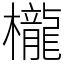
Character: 櫳